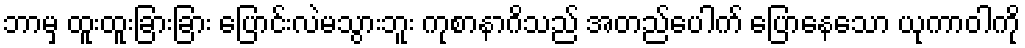
ဘာမှ ထူးထူးခြားခြား ပြောင်းလဲမသွားဘူး ကုစာနာဂိသည် အတည်ပေါက် ပြောနေသော ယုကာဝါကို